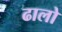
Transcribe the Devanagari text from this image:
ढालो